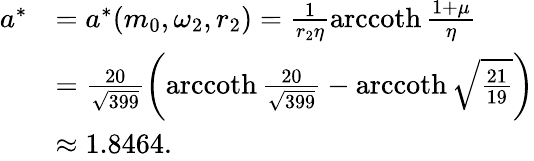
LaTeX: \begin{array}{rl}{a^{*}}&{=a^{*}(m_{0},\omega_{2},r_{2})=\frac{1}{r_{2}\eta}\operatorname{arccoth}\frac{1+\mu}{\eta}}\\ &{=\frac{20}{\sqrt{399}}\left(\operatorname{arccoth}\frac{20}{\sqrt{399}}-\operatorname{arccoth}\sqrt{\frac{21}{19}}\right)}\\ &{\approx 1.8464.}\end{array}